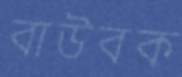
বাউবক